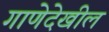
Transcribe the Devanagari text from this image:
गाणेदेखील